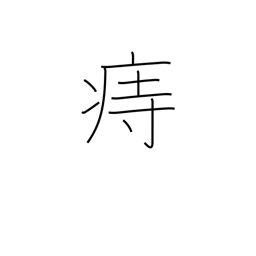
Meaning: hemorrhoids